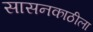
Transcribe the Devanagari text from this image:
सासनकाठीला